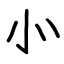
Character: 㣺